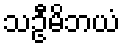
သဦမိဘယံ